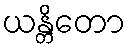
ယန္တိတော